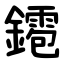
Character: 䥤